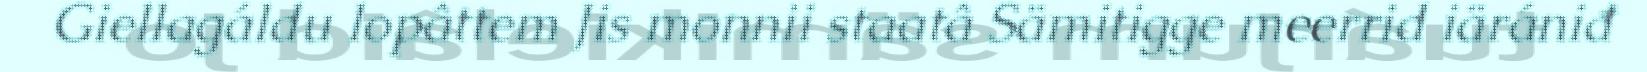
Giellagáldu lopâttem Jis monnii staatâ Sämitigge meerrid iärániđ